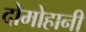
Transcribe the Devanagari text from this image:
दोमोहानी